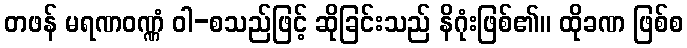
တဖန် မရဏဝဏ္ဏံ ဝါ-စသည်ဖြင့် ဆိုခြင်းသည် နိဂုံးဖြစ်၏။ ထိုခဏ ဖြစ်စ